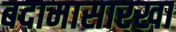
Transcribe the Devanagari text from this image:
बदामासारखा